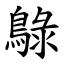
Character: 鵦